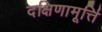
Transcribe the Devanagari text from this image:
दक्षिणामूर्त्ति